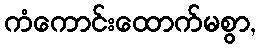
ကံကောင်းထောက်မစွာ,